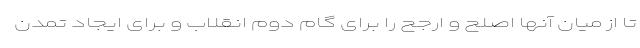
تا از میان آنها اصلح و ارجح را برای گام دوم انقلاب و برای ایجاد تمدن